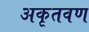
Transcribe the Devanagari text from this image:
अकृतवण